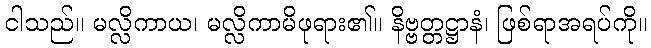
ငါသည်။ မလ္လိကာယ၊ မလ္လိကာမိဖုရား၏။ နိဗ္ဗတ္တဋ္ဌာနံ၊ ဖြစ်ရာအရပ်ကို။